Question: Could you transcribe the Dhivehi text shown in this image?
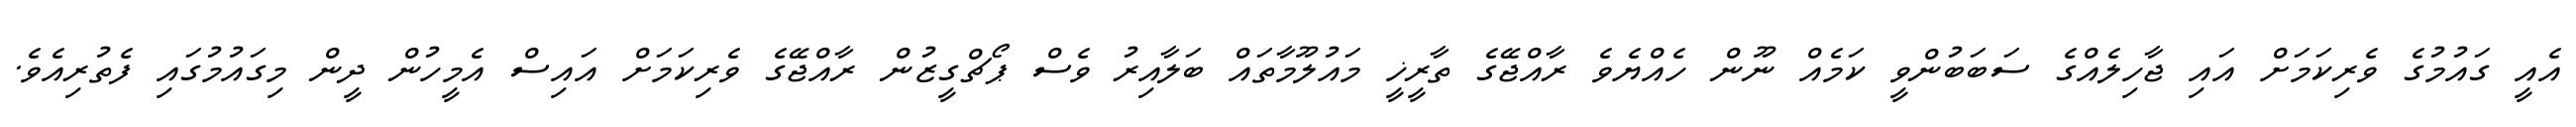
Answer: އެއީ ގައުމުގެ ވެރިކަމަށް އައި ޖާހިލެއްގެ ސަބަބުންވީ ކަމެއް ނޫން ހެއްޔެވެ ރާއްޖޭގެ ތާރީޚީ މައުލޫމާތައް ބަލާއިރު ވެސް ޕޯޗްގީޒުން ރާއްޖޭގެ ވެރިކަމަށް އައިސް އެމީހުން ދީން މިގައުމުގައި ފެތުރިއެވެ.